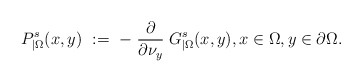
\begin{align*}P_{|\Omega}^s(x,y)\ :=\ -\left.\frac{\partial}{\partial\nu_y}\right. G^s_{|\Omega}(x,y), x\in\Omega, y\in\partial\Omega.\end{align*}